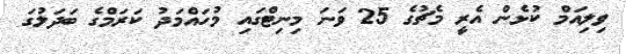
ވިލިއަމް ކުޅެން އެރީ މެޗުގެ 25 ވަނަ މިނިޓްގައި މުހައްމަދު ކަރަމްގެ ބަދަލުގަ